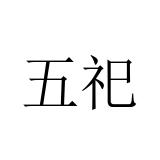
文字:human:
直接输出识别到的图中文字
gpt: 五祀